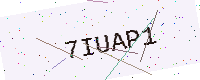
Text: 7IUAP1